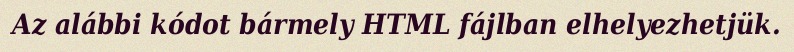
Az alábbi kódot bármely HTML fájlban elhelyezhetjük.